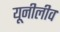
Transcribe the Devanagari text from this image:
यूनीलीव